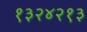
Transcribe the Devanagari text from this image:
१३२४२१३